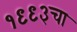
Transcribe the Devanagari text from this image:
१९९३चा